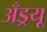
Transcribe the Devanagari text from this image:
अँड्रयू